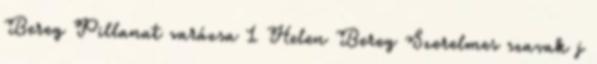
Bereg Pillanat varázsa 1 Helen Bereg Szerelmes szavak j